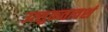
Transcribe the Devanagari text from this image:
उत्‍सुकतावशं